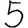
Digit: 5